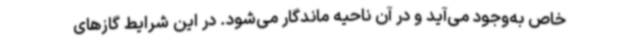
خاص به‌وجود می‌آید و در آن ناحیه ماندگار می‌شود. در این شرایط گازهای